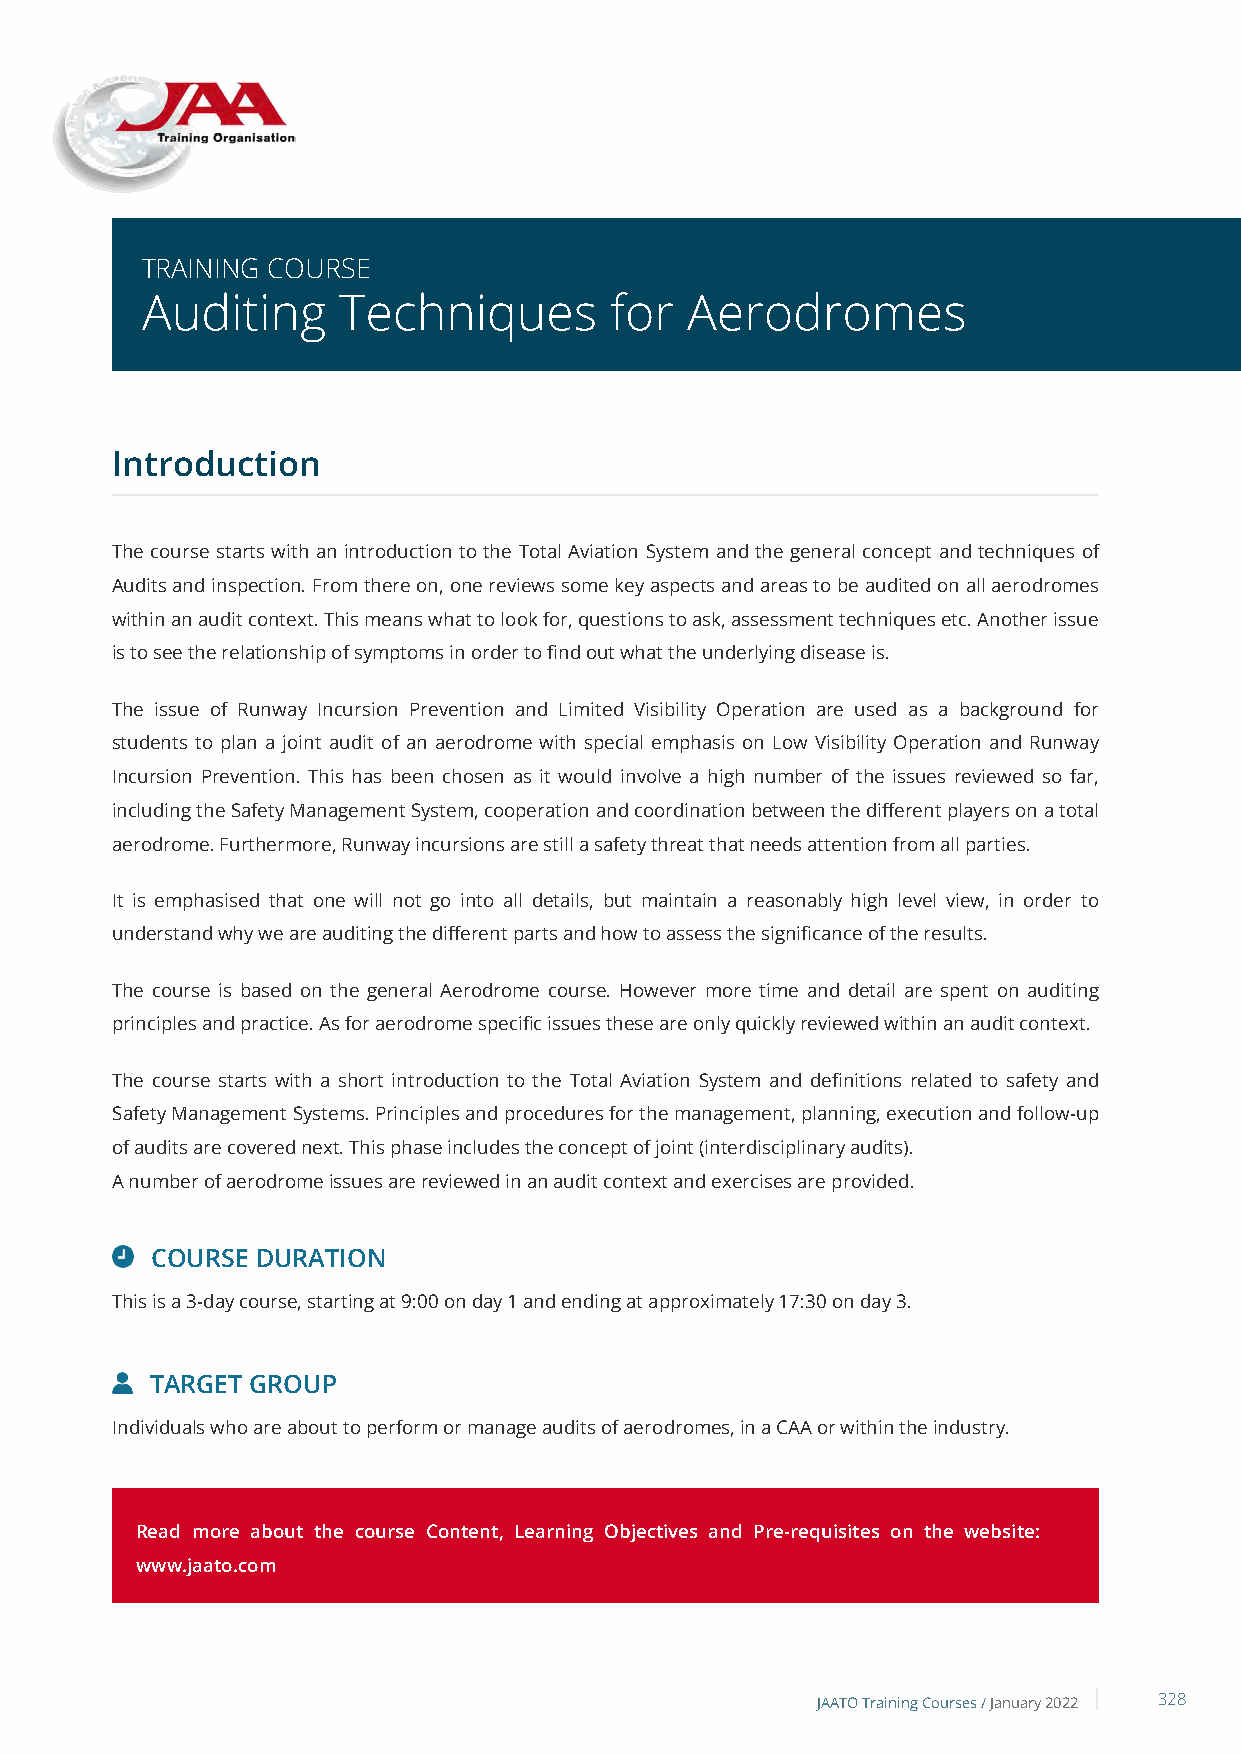
TRAINING COURSE
 Auditing     Techniques        for  Aerodromes
 Introduction
 The course starts with an introduction to the Total Aviation System and the general concept and techniques of
 Audits and inspection. From there on, one reviews some key aspects and areas to be audited on all aerodromes
 within an audit context. This means what to look for, questions to ask, assessment techniques etc. Another issue
 is to see the relationship of symptoms in order to find out what the underlying disease is.
 The issue of Runway Incursion Prevention and Limited Visibility Operation are used as a background for
 students to plan a joint audit of an aerodrome with special emphasis on Low Visibility Operation and Runway
 Incursion Prevention. This has been chosen as it would involve a high number of the issues reviewed so far,
 including the Safety Management System, cooperation and coordination between the different players on a total
 aerodrome. Furthermore, Runway incursions are still a safety threat that needs attention from all parties.
 It is emphasised that one will not go into all details, but maintain a reasonably high level view, in order to
 understand why we are auditing the different parts and how to assess the significance of the results.
 The course is based on the general Aerodrome course. However more time and detail are spent on auditing
 principles and practice. As for aerodrome specific issues these are only quickly reviewed within an audit context.
 The course starts with a short introduction to the Total Aviation System and definitions related to safety and
 Safety Management Systems. Principles and procedures for the management, planning, execution and follow-up
 of audits are covered next. This phase includes the concept of joint (interdisciplinary audits).
 A number of aerodrome issues are reviewed in an audit context and exercises are provided.
 COURSE DURATION
 This is a 3-day course, starting at 9:00 on day 1 and ending at approximately 17:30 on day 3.
 TARGET GROUP
 Individuals who are about to perform or manage audits of aerodromes, in a CAA or within the industry.
 Read more about the course Content, Learning Objectives and Pre-requisites on the website:
 www.jaato.com
 JAATO Training Courses /January 2022 328